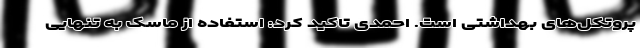
پروتکل‌های بهداشتی است. احمدی تاکید کرد: استفاده از ماسک به تنهایی